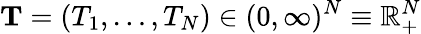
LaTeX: \mathbf{T}=(T_{1},\ldots,T_{N})\in(0,\infty)^{N}\equiv\mathbb{R}_{+}^{N}